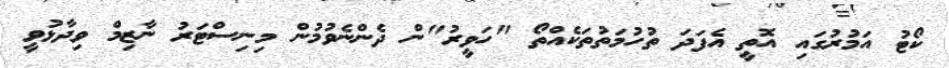
ކޯޓު އަމުރުގައި އޮތީ އެފަދަ ތުހުމަތުތަކެއްތޯ "ހަވީރު"ން ދެންނެވުމުން މިނިސްޓަރު ނާޒިމް ވިދާޅުވީ